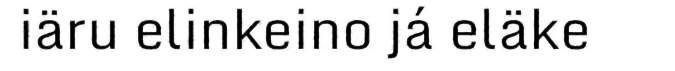
iäru elinkeino já eläke